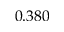
0 . 3 8 0